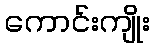
ကောင်းကျိုး